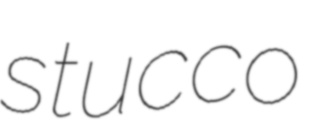
stucco